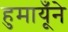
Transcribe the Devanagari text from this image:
हुमायूँने